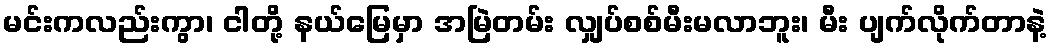
မင်းကလည်းကွာ၊ ငါတို့ နယ်မြေမှာ အမြဲတမ်း လျှပ်စစ်မီးမလာဘူး၊ မီး ပျက်လိုက်တာနဲ့